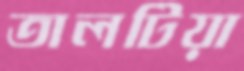
তালটিয়া